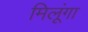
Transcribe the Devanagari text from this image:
मिलूंगा